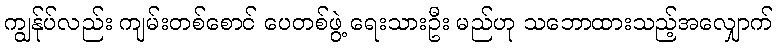
ကျွန်ုပ်လည်း ကျမ်းတစ်စောင် ပေတစ်ဖွဲ့ ရေးသားဦး မည်ဟု သဘောထားသည့်အလျှောက်